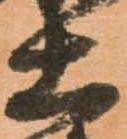
土